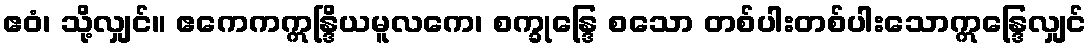
ဧဝံ၊ သို့လျှင်။ ဧကေကဣန္ဒြိယမူလကေ၊ စက္ခုန္ဒြေ စသော တစ်ပါးတစ်ပါးသောဣန္ဒြေလျှင်